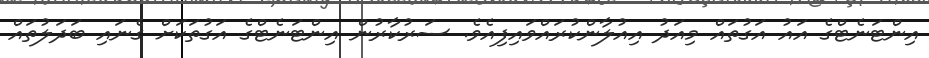
އިންޓަނެޓްގެ އައު އަގުތައް މިއަދު އިއުލާންކުރައްވައިފިއެވެ. ސަރުކާރުން އިންޓަނެޓްގެ އަގުތަކަށް ގެނައި ބަދަލުތައް